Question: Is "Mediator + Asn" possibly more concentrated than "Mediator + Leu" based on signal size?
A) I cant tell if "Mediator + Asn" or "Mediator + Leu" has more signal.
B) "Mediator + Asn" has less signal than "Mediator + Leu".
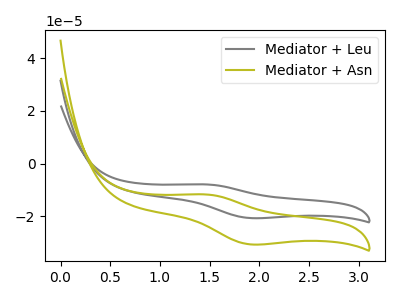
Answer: <think>The gray curve "Mediator + Leu" has an anodic peak at (1.45V, -7.90uA) and a cathodic peak at (1.90V, -20.65uA). The olive curve "Mediator + Asn" has an anodic peak at (1.45V, -11.70uA) and a cathodic peak at (1.90V, -30.65uA).
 All the peaks in "Mediator + Asn" have a peak in "Mediator + Leu" at the same potential.</think>
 <answer>A) I cant tell if "Mediator + Asn" or "Mediator + Leu" has more signal.</answer>
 <eval>A</eval>